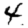
Digit: 4